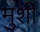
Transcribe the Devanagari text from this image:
मुर्शी